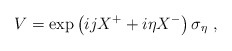
\begin{align*}V = \exp \left( i j X^+ + i\eta X^-\right) \sigma_{\eta} ~,\end{align*}